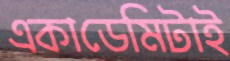
একাডেমিটাই